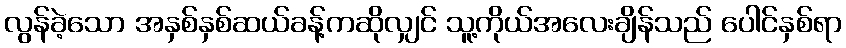
လွန်ခဲ့သော အနှစ်နှစ်ဆယ်ခန့်ကဆိုလျှင် သူ့ကိုယ်အလေးချိန်သည် ပေါင်နှစ်ရာ